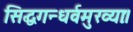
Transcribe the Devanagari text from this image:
सिद्धगन्धर्वमुख्याः।